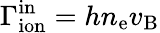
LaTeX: \Gamma_{\mathrm{ion}}^{\mathrm{in}}=hn_{\mathrm{e}}v_{\mathrm{B}}